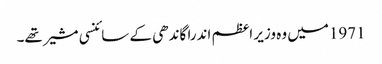
1971میں وہ وزیر اعظم اندرا گاندھی کے سائنسی مشیر تھے۔